Vaccine operations Central Provinces 1900-1911 - 1900-1911
Year: 1900
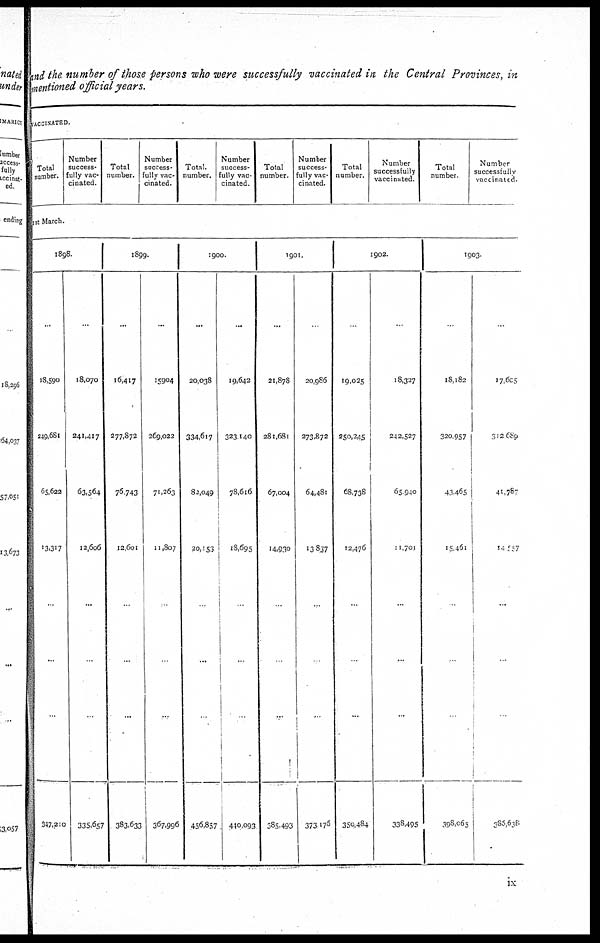
and the number of those persons who were successfully vaccinated in the Central Provinces, in
mentioned official years.
VACCINATED.
Total
number.
Number
success-
fully vac-
cinated.
Total
number.
Number
success-
fully vac-
cinated.
Total.
number.
Number
success-
fully vac
cinated
Total
number.
Number
success-
fully vac-
cinated.
Total
number.
Number
successfully
vaccinated.
Total
number
Number
successfully
vaccinated
1st March.
1898.
...
18,590
249,681
65,622
13,317
...
...
...
347,210
...
18,070
241,417
63,564
12,606
...
...
...
335,657
1899.
...
16,417
277,872
76,743
12,601
...
...
...
383,633
...
15,904
269,022
71,263
11,807
...
...
...
367,996
1900.
...
20,038
334,617
82,049
20,153
...
...
...
456,857
...
19,642
323,140
78,616
18,695
...
...
...
440,093
1901.
...
21,878
281,681
67,004
14,930
...
...
...
385,493
...
20,986
273,872
64,481
13,837
...
...
...
373,176
1902.
...
19,025
250,245
68,738
12,476
...
...
...
350,484
...
18,327
242,527
65,940
11,701
...
...
...
338,495
1903
...
18,182
320,957
43,465
15,461
...
...
...
398,065
...
17,605
312,689
41,787
14,557
...
...
...
386,638
ix